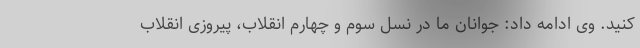
کنید. وی ادامه داد: جوانان ما در نسل سوم و چهارم انقلاب، پیروزی انقلاب